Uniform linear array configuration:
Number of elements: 8
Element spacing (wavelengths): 0.75
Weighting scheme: exponential
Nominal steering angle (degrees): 45
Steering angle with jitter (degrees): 45.059
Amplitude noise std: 0.05
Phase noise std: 0.05

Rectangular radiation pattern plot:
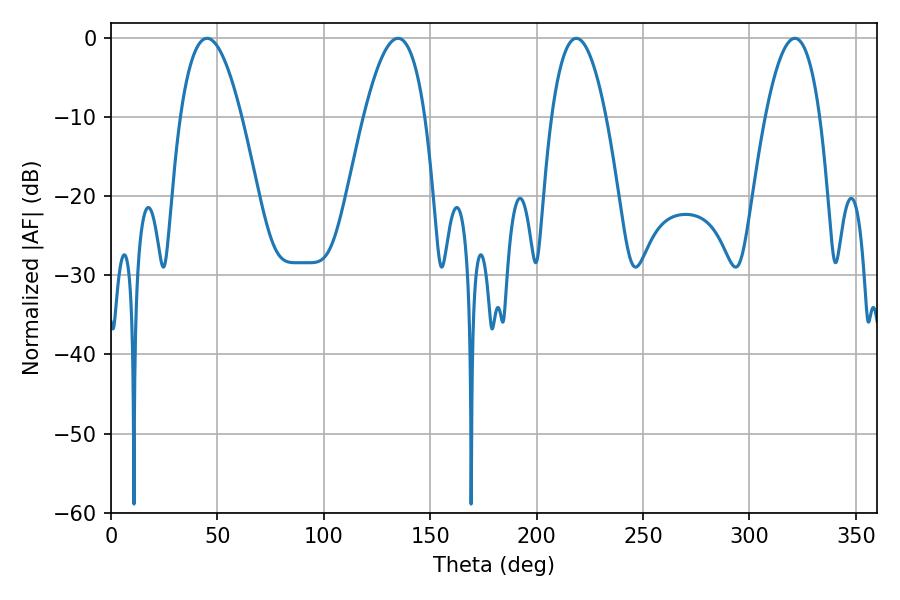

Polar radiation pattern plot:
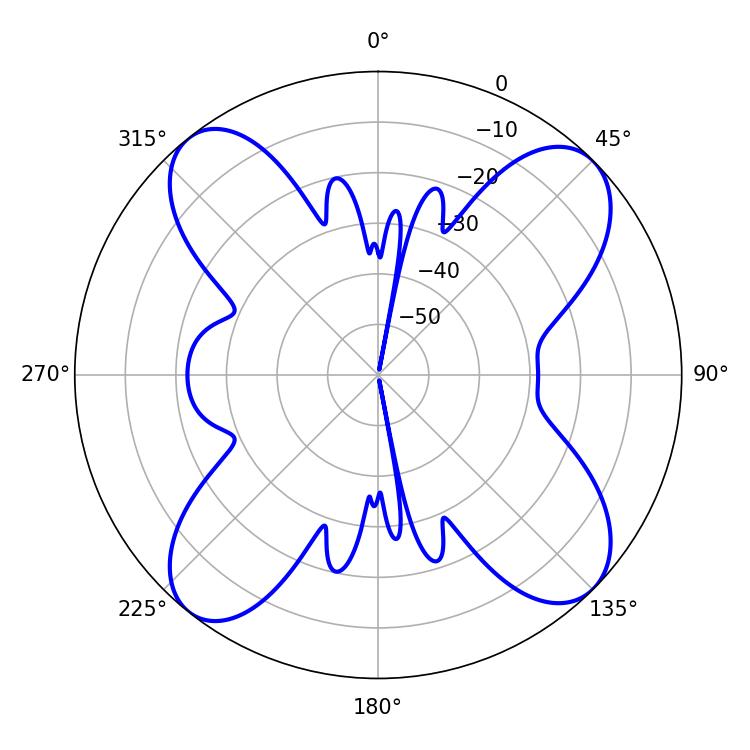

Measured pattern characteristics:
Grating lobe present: TRUE
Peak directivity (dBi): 13.46
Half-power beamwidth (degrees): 15.84
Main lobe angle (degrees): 45.18